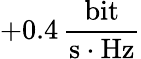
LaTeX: +0.4\, \frac{\mathrm{bit}}{\mathrm{s}\cdot\mathrm{Hz}}